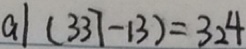
a \vert ( 3 3 7 - 1 3 ) = 3 2 4